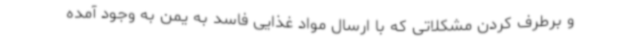
و برطرف کردن مشکلاتی که با ارسال مواد غذایی فاسد به یمن به وجود آمده